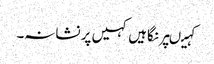
کہیںپر نگاہیں کہیں پر نشانہ۔